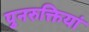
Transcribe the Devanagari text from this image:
पुनरुक्तियां